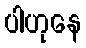
ပါဟုနေ